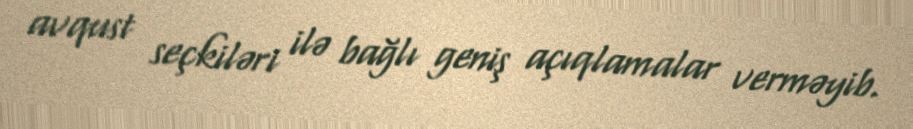
avqust seçkiləri ilə bağlı geniş açıqlamalar verməyib.